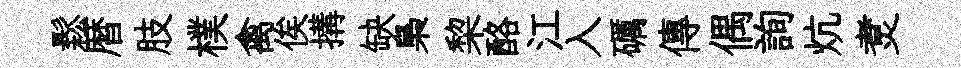
鬆暦肢樸禽俟搆缺梟棃酪江入礪傳偶詢炕煑